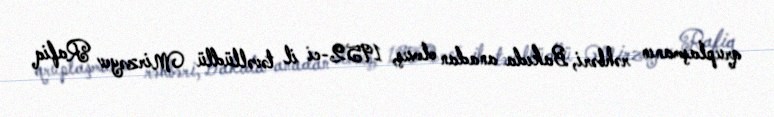
qruplaşmanın rəhbəri, Bakıda anadan olmuş, 1952-ci il təvəllüdlü Mirzəyev Rafiq